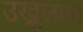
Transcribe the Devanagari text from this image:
उख्रुलला